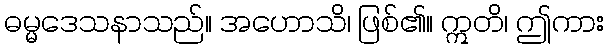
ဓမ္မဒေသနာသည်။ အဟောသိ၊ ဖြစ်၏။ ဣတိ၊ ဤကား